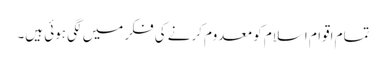
تمام اقوام اسلام کو معدوم کرنے کی فکر میں لگی ہوئی ہیں۔